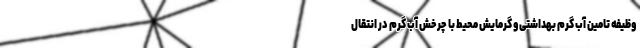
وظیفه تامین آب گرم بهداشتی و گرمایش محیط با چرخش آب گرم در انتقال